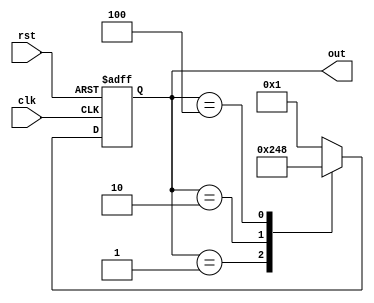
module Ring_counter(
    input wire clk,
    input wire rst,
    output reg [3:0] out
);

reg [3:0] next_out;

always @(posedge clk or posedge rst) begin
    if (rst) begin
        out <= 4'b0001;
    end else begin
        out <= next_out;
    end
end

always @(out) begin
    case(out)
        4'b0001: next_out = 4'b0010;
        4'b0010: next_out = 4'b0100;
        4'b0100: next_out = 4'b1000;
        4'b1000: next_out = 4'b0001;
        default: next_out = 4'b0001;
    endcase
end

endmodule